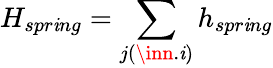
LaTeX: H_{spr\mathit{i}ng}=\sum_{j(\inn.\mathit{i})}h_{spr\mathit{i}ng}